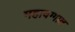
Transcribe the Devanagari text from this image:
महावग्गात